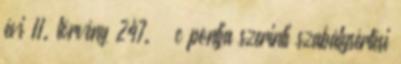
évi II. törvény 247. § c pontja szerinti szabálysértési